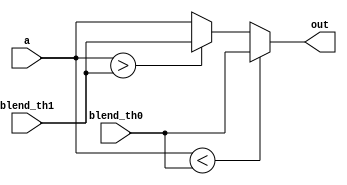
`timescale 1ns / 1ps
//////////////////////////////////////////////////////////////////////////////////
// Company: 
// Engineer: 
// 
// Design Name: 
// Module Name:    comparator_2 
// Project Name: 
// Target Devices: 
// Tool versions: 
// Description: 
//
// Dependencies: 
//
// Revision: 
// Revision 0.01 - File Created
// Additional Comments: 
//
//////////////////////////////////////////////////////////////////////////////////
module comparator_2
(
output [7:0] out,
input [7:0] a,blend_th0,blend_th1
    );
assign out = a < blend_th0 ? blend_th0: a> blend_th1 ? blend_th1 : a ;

endmodule